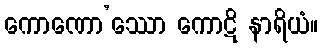
ကောဏော’ဿော ကောဋိ နာရိယံ။